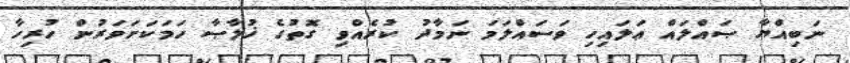
ނަބިއްޔާ ޞައްލައް ޢަލައިހި ވަސައްލަމަ ނަމާދު ކުރެއްވި ގޮތުގެ ޚުލާޞާ ހަމަކަށަވަރުން ހުރިހާ